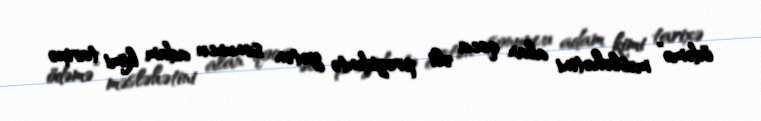
ödəmə” məsləhətini alan qoca əli prezidentə yetən sonuncu adam kimi tarixə